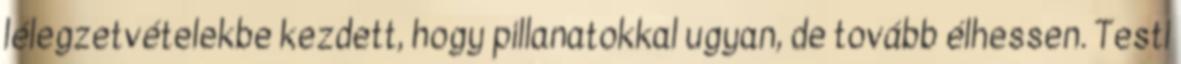
lélegzetvételekbe kezdett, hogy pillanatokkal ugyan, de tovább élhessen. Testi